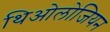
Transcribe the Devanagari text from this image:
थिओलोजियन